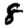
Digit: 8